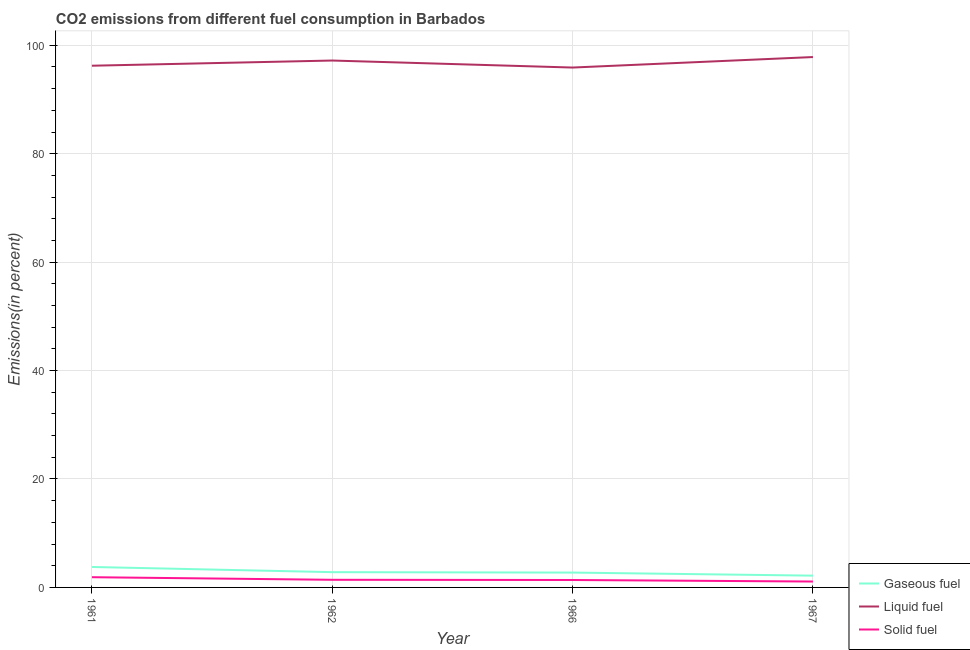
| Year | Gaseous fuel | Liquid fuel | Solid fuel |
 | --- | --- | --- | --- |
 | 1961 | 3.77 | 96.2 | 1.89 |
 | 1962 | 2.82 | 97.2 | 1.41 |
 | 1966 | 2.74 | 95.9 | 1.37 |
 | 1967 | 2.17 | 97.8 | 1.09 |